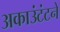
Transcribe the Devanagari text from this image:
अकाउंटंटने